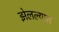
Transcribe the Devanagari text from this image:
झेलल्यास